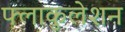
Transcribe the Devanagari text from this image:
फ्लाकुलेशन